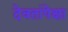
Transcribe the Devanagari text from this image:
देवतांपेक्षा